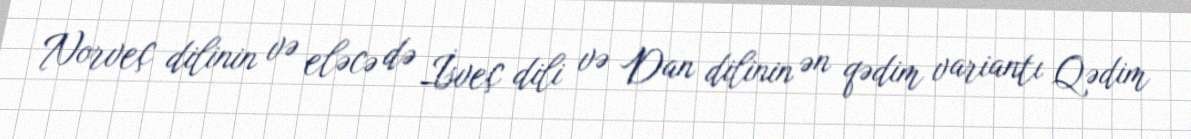
Norveç dilinin və eləcə də İsveç dili və Dan dilinin ən qədim variantı Qədim